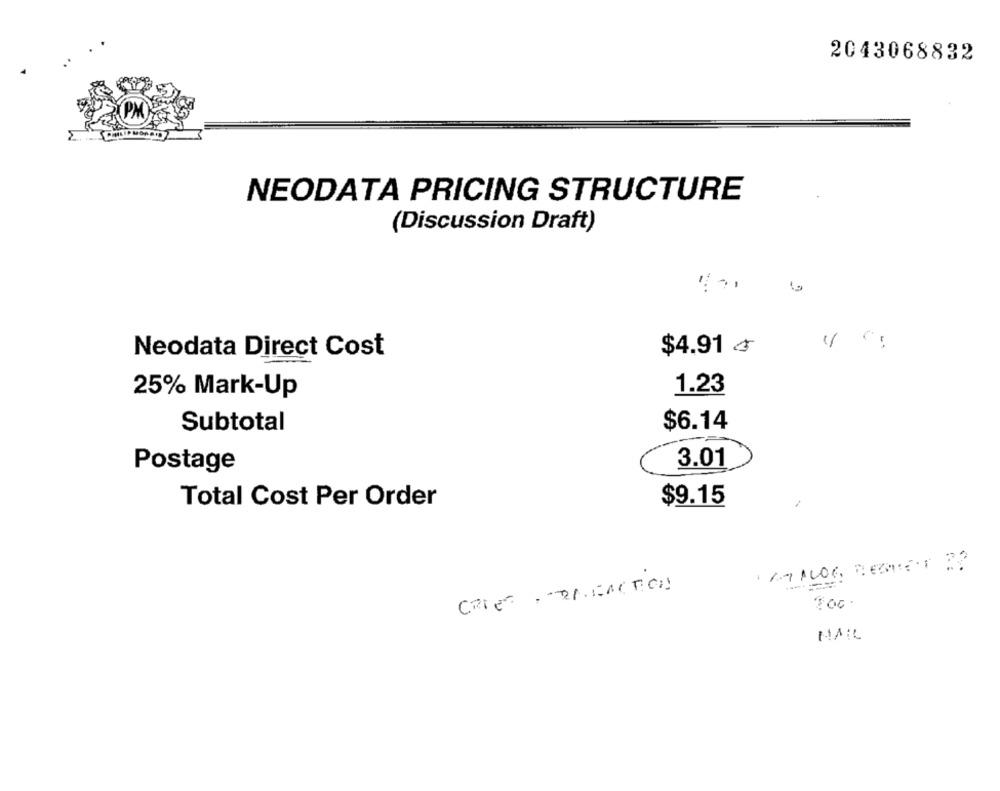
2043068832
NEODATA PRICING STRUCTURE
(Discussion Draft)
Neodata Direct Cost
$4.91 4
25% Mark-Up
1.23
Subtotal
$6.14
3.01
Postage
Total Cost Per Order
$9.15
AT ALOG REGNET B?
CRIE · RICACTION
MAIL